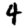
Digit: 4